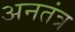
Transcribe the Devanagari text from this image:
अनतंत्र